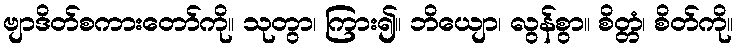
ဗျာဒိတ်စကားတော်ကို။ သုတွာ၊ ကြား၍။ ဘိယျော၊ လွန်စွာ။ စိတ္တံ၊ စိတ်ကို။